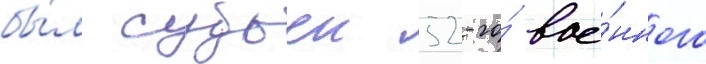
бы́л судьеи 52-го́ вое́нного